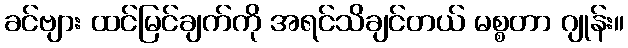
ခင်ဗျား ထင်မြင်ချက်ကို အရင်သိချင်တယ် မစ္စတာ ဂျုန်း။